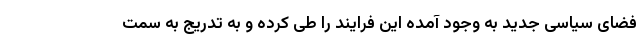
فضای سیاسی جدید به وجود آمده این فرایند را طی کرده و به تدریج به سمت